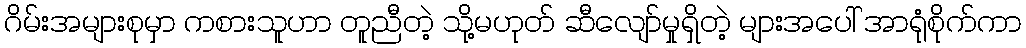
ဂိမ်းအများစုမှာ ကစားသူဟာ တူညီတဲ့ သို့မဟုတ် ဆီလျော်မှုရှိတဲ့ များအပေါ် အာရုံစိုက်ကာ